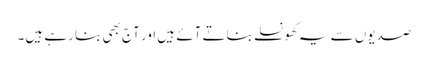
صدیوں سے یہ گھونسلے بناتے آئے ہیں اور آج بھی بنا رہے ہیں۔